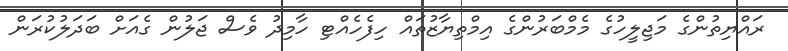
ރައްޔިތުންގެ މަޖިލީހުގެ މެމްބަރުންގެ އިމްތިޔާޒުތައް ހިފެހެއްޓި ހާމިދު ވެސް ޖަލުން ގެއަށް ބަދަލުކުރަން